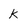
Character: k